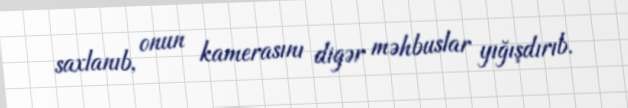
saxlanıb, onun kamerasını digər məhbuslar yığışdırıb.